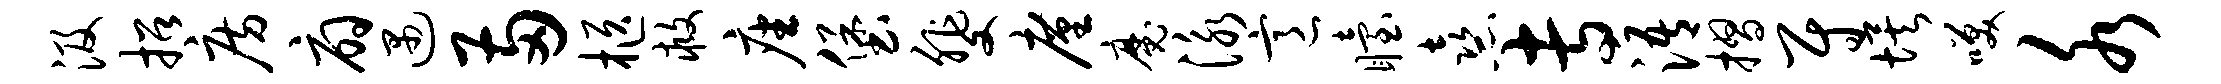
汲招房扇遇两柩救座堡斐廑魔泳意眙熹专浯摺尉埃笑水